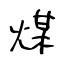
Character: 煤